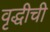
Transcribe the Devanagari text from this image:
वृद्धीची